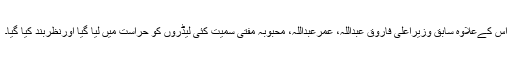
اس کےعلاوہ سابق وزیراعلیٰ فاروق عبداللہ، عمرعبداللہ، محبوبہ مفتی سمیت کئی لیڈروں کو حراست میں لیا گیا اورنظربند کیا گیا۔